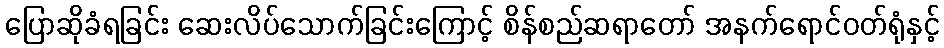
ပြောဆိုခံရခြင်း ဆေးလိပ်သောက်ခြင်းကြောင့် စိန်စည်ဆရာတော် အနက်ရောင်ဝတ်ရုံနှင့်